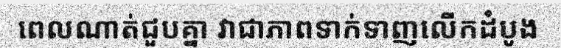
ពេលណាត់ជួបគ្នា វាជាភាពទាក់ទាញលើកដំបូង